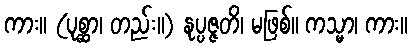
ကား။ (ပုစ္ဆာ၊ တည်း။) နုပ္ပဇ္ဇတိ၊ မဖြစ်။ ကသ္မာ၊ ကား။